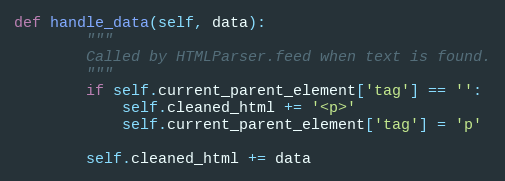
Language: Python
def handle_data(self, data):
        """
        Called by HTMLParser.feed when text is found.
        """
        if self.current_parent_element['tag'] == '':
            self.cleaned_html += '<p>'
            self.current_parent_element['tag'] = 'p'

        self.cleaned_html += data